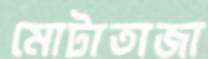
মোটাতাজা